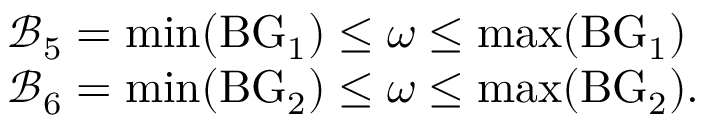
\begin{array} { r l } & { \mathcal { B } _ { 5 } = \operatorname* { m i n } ( { \mathrm { B G } _ { 1 } } ) \leq \omega \leq \operatorname* { m a x } ( { \mathrm { B G } _ { 1 } } ) } \\ & { \mathcal { B } _ { 6 } = \operatorname* { m i n } ( { \mathrm { B G } _ { 2 } } ) \leq \omega \leq \operatorname* { m a x } ( { \mathrm { B G } _ { 2 } } ) . } \end{array}